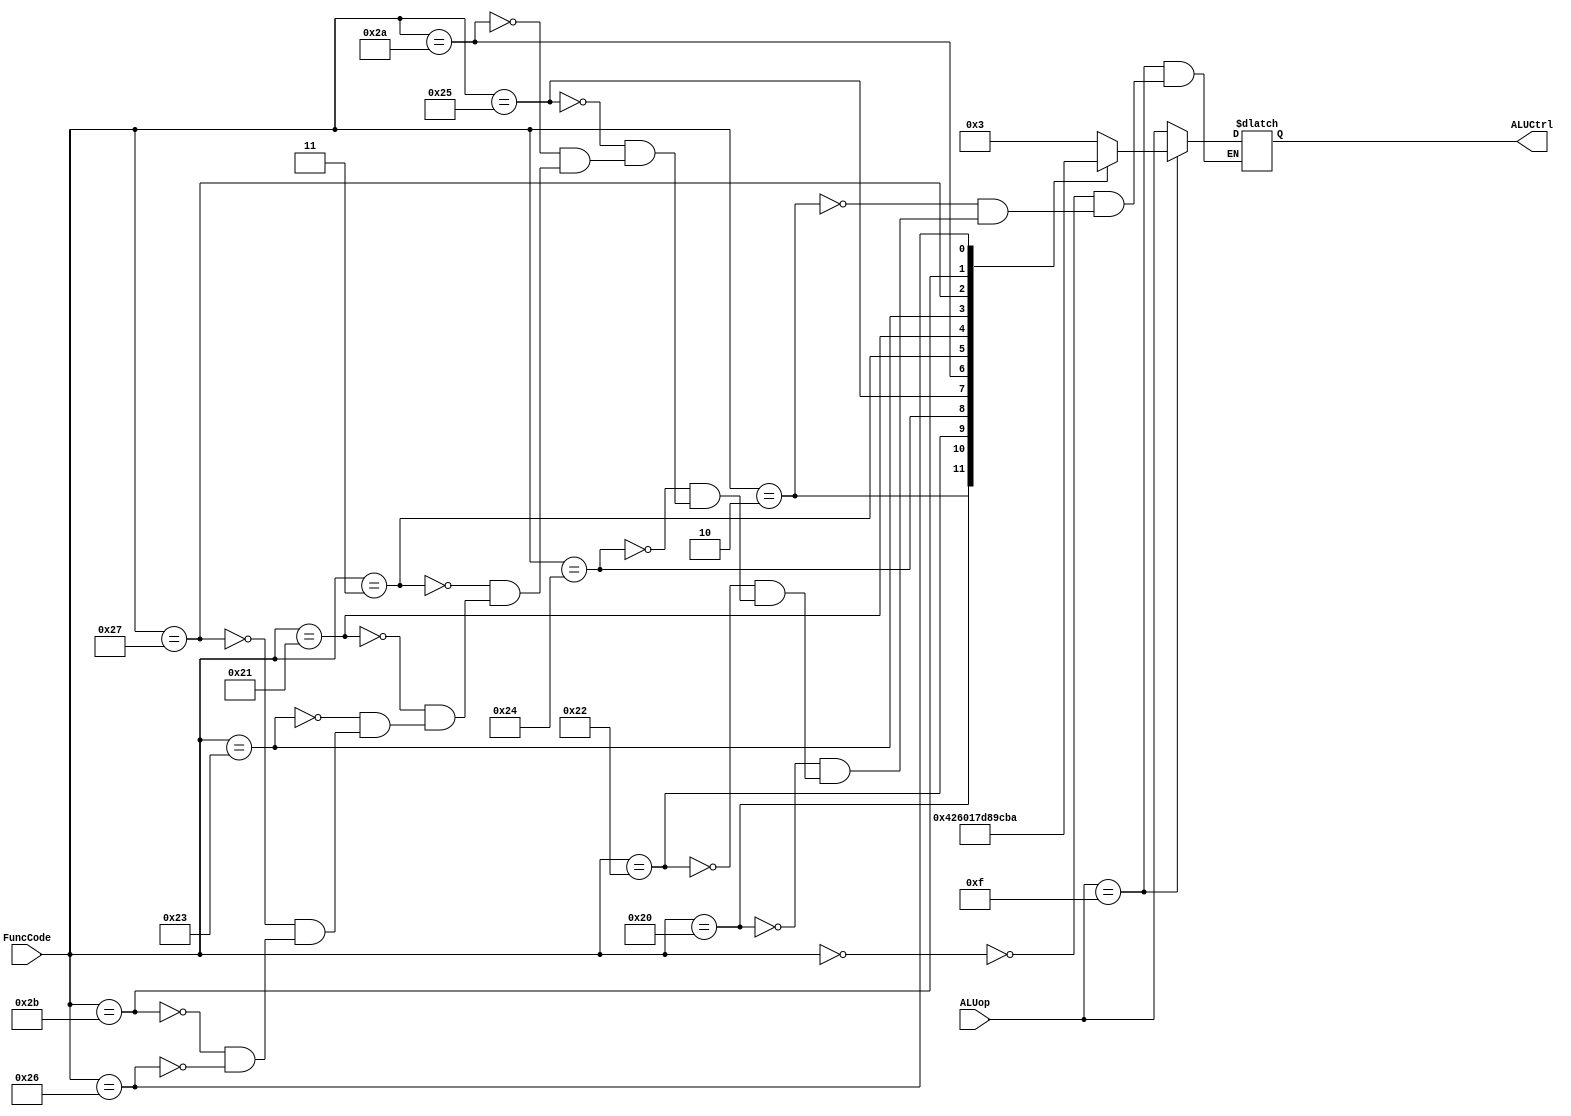
`timescale 1ns/1ps

module ALUControl (ALUCtrl, ALUop, FuncCode);

//Inputs
input [3:0] ALUop;
input [5:0] FuncCode;

//Output
output [3:0] ALUCtrl;

//Internal nets
reg [3:0] ALUCtrl;

always@(ALUop or FuncCode) begin
	//If operation is an R-type
	if(ALUop == 4'b1111) begin
		case(FuncCode)
		//FuncCode based on Green Sheet of MIPS
		6'b000000: ALUCtrl <= #2 4'b0011; //SLL based on FuncCode
		6'b000010: ALUCtrl <= #2 4'b0100; //SRL
		6'b100000: ALUCtrl <= #2 4'b0010; //ADD
		6'b100010: ALUCtrl <= #2 4'b0110; //SUB
		6'b100100: ALUCtrl <= #2 4'b0000; //AND
		6'b100101: ALUCtrl <= #2 4'b0001; //OR
		6'b101010: ALUCtrl <= #2 4'b0111; //SLT
		6'b000011: ALUCtrl <= #2 4'b1101; //SRA
		6'b100001: ALUCtrl <= #2 4'b1000; //ADDU
		6'b100011: ALUCtrl <= #2 4'b1001; //SUBU
		6'b100111: ALUCtrl <= #2 4'b1100; //NOR
		6'b101011: ALUCtrl <= #2 4'b1011; //SLTU
		6'b100110: ALUCtrl <= #2 4'b1010; //XOR
		endcase
	end
	//If operation is not an R-type, FuncCode does not matter
	else
		ALUCtrl <= #2 ALUop;
	end

endmodule